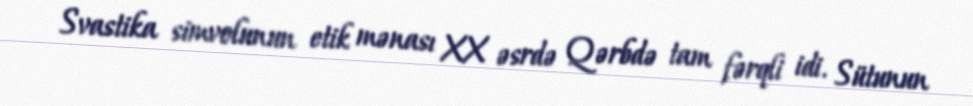
Svastika simvolunun etik mənası XX əsrdə Qərbdə tam fərqli idi. Sütunun